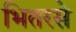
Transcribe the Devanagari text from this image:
भितरसे